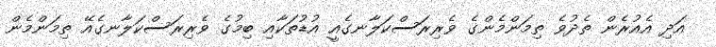
އަދި އެއުރެން ތެދުވެ ތިމަންމެންގެ ވެރިރަސްކަލާނގެއީ އުޑުތަކާއި ބިމުގެ ވެރިރަސްކަލާނގެއޭ ތިމަންމެން